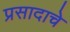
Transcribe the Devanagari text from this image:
प्रसादाचे